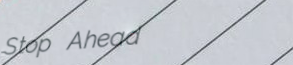
Stop Ahead